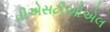
વીએસટીઓએલ